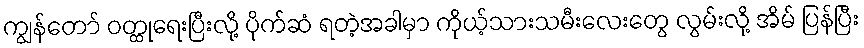
ကျွန်တော် ဝတ္ထုရေးပြီးလို့ ပိုက်ဆံ ရတဲ့အခါမှာ ကိုယ့်သားသမီးလေးတွေ လွမ်းလို့ အိမ် ပြန်ပြီး